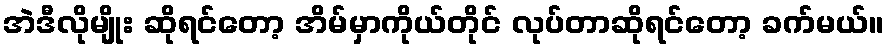
အဲဒီလိုမျိုး ဆိုရင်တော့ အိမ်မှာကိုယ်တိုင် လုပ်တာဆိုရင်တော့ ခက်မယ်။